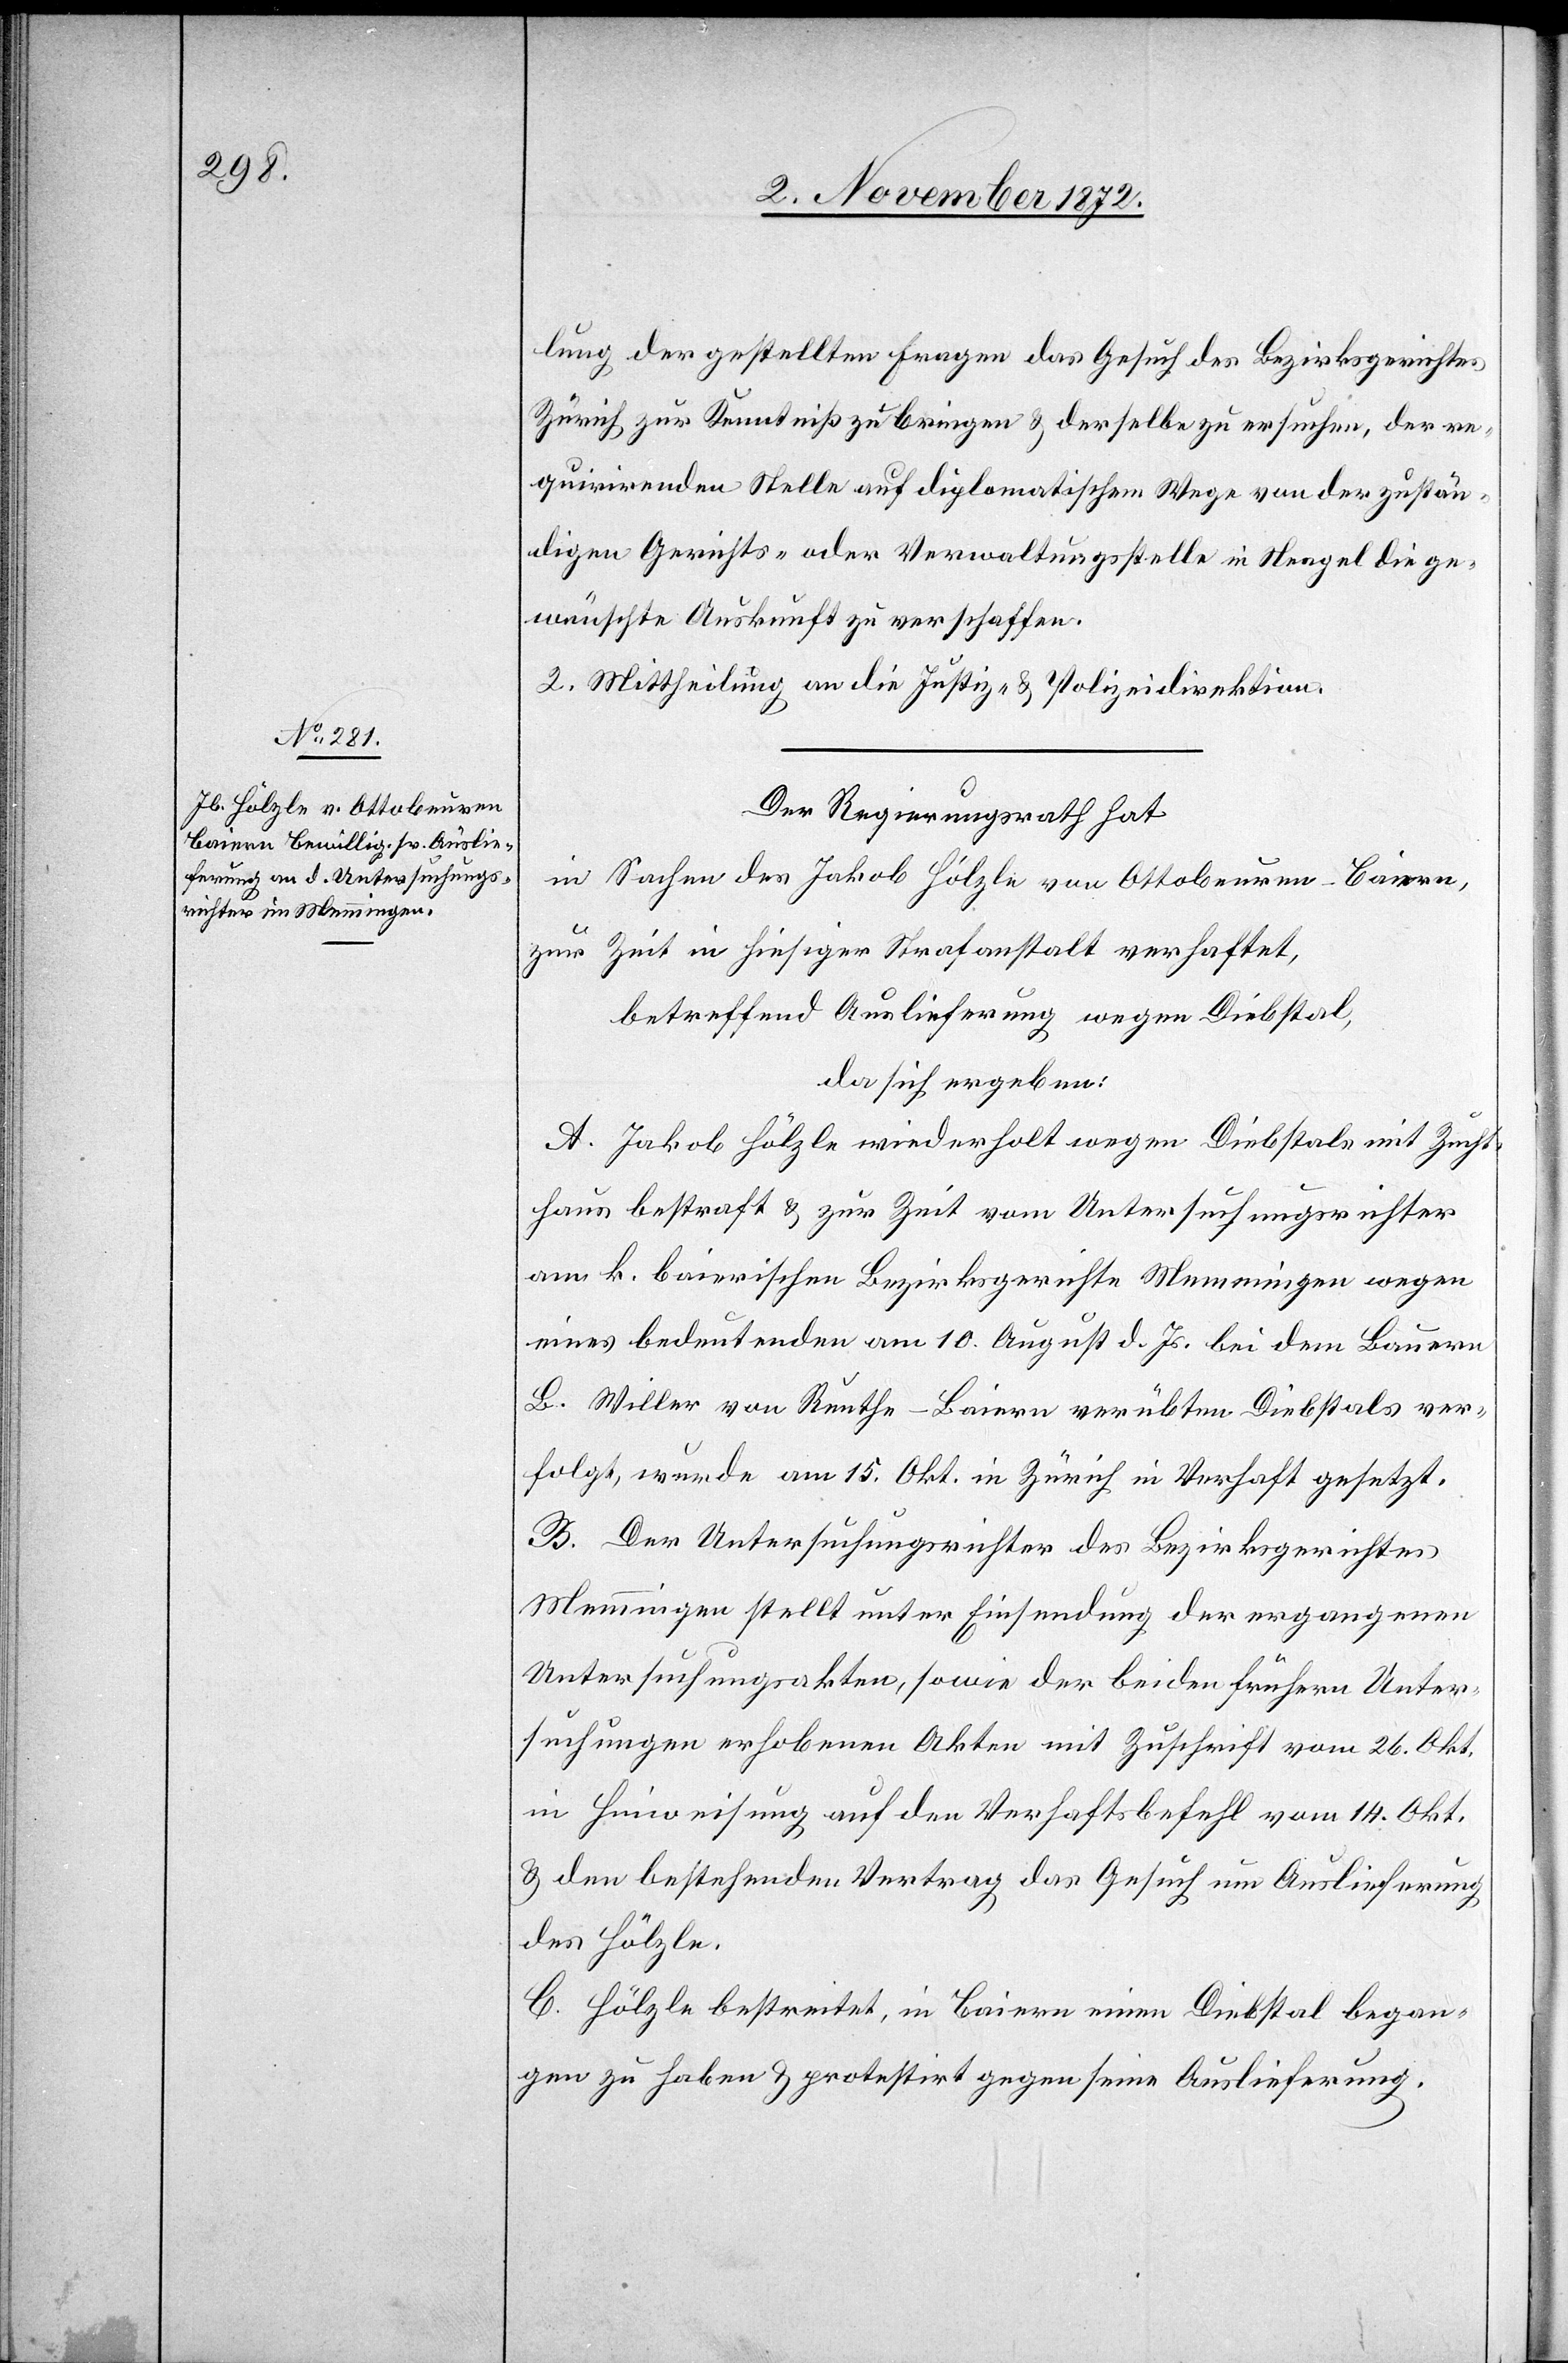
5. November 1872.]
lung der gestellten Fragen das Gesuch des Bezirksgerichtes
Zürich zur Kenntniß zu bringen u. derselbe zu ersuchen, der re¬
quirirenden Stelle auf diplomatischem Wege von der zustän¬
digen Gerichts- oder Verwaltungsstelle in Neapel die ge¬
wünschte Auskunft zu verschaffen.
2. Mittheilung an die Justiz- u. Polizeidirektion.
Der Regierungsrath hat
in Sachen des Jakob Hölzle von Ottobeuren-Baiern,
zur Zeit in hiesiger Strafanstalt verhaftet,
betreffend Auslieferung wegen Diebstal,
da sich ergeben:
A. Jakob Hölzle wiederholt wegen Diebstals mit Zucht¬
haus bestraft u. zur Zeit vom Untersuchungsrichter
am k. baierischen Bezirksgerichte Memmingen wegen
eines bedeutenden am 10. August d. Js. bei dem Bauern
B. Willer von Reuthe-Baiern verübten Diebstals ver¬
folgt, wurde am 15. Okt. in Zürich in Verhaft gesetzt.
B. Der Untersuchungsrichter des Bezirksgerichtes
Memmingen stellt unter Einsendung der ergangenen
Untersuchungsakten, sowie der bei den frühern Unter¬
suchungen erhobenen Akten mit Zuschrift vom 26. Okt.
in Hinweisung auf den Verhaftsbefehl vom 14. Okt.
u. den bestehenden Vertrag das Gesuch um Auslieferung
des Hölzle.
C. Hölzle bestreitet, in Baiern einen Diebstal began¬
gen zu haben u. protestirt gegen seine Auslieferung.